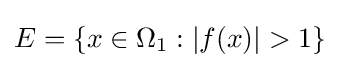
{\textstyle E=\{x\in \Omega _{1}:\left\vert f(x)\right\vert >1\}}